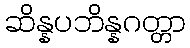
ဆိန္နပဘိန္နဂတ္တာ